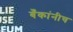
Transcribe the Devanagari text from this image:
बँकांनीच